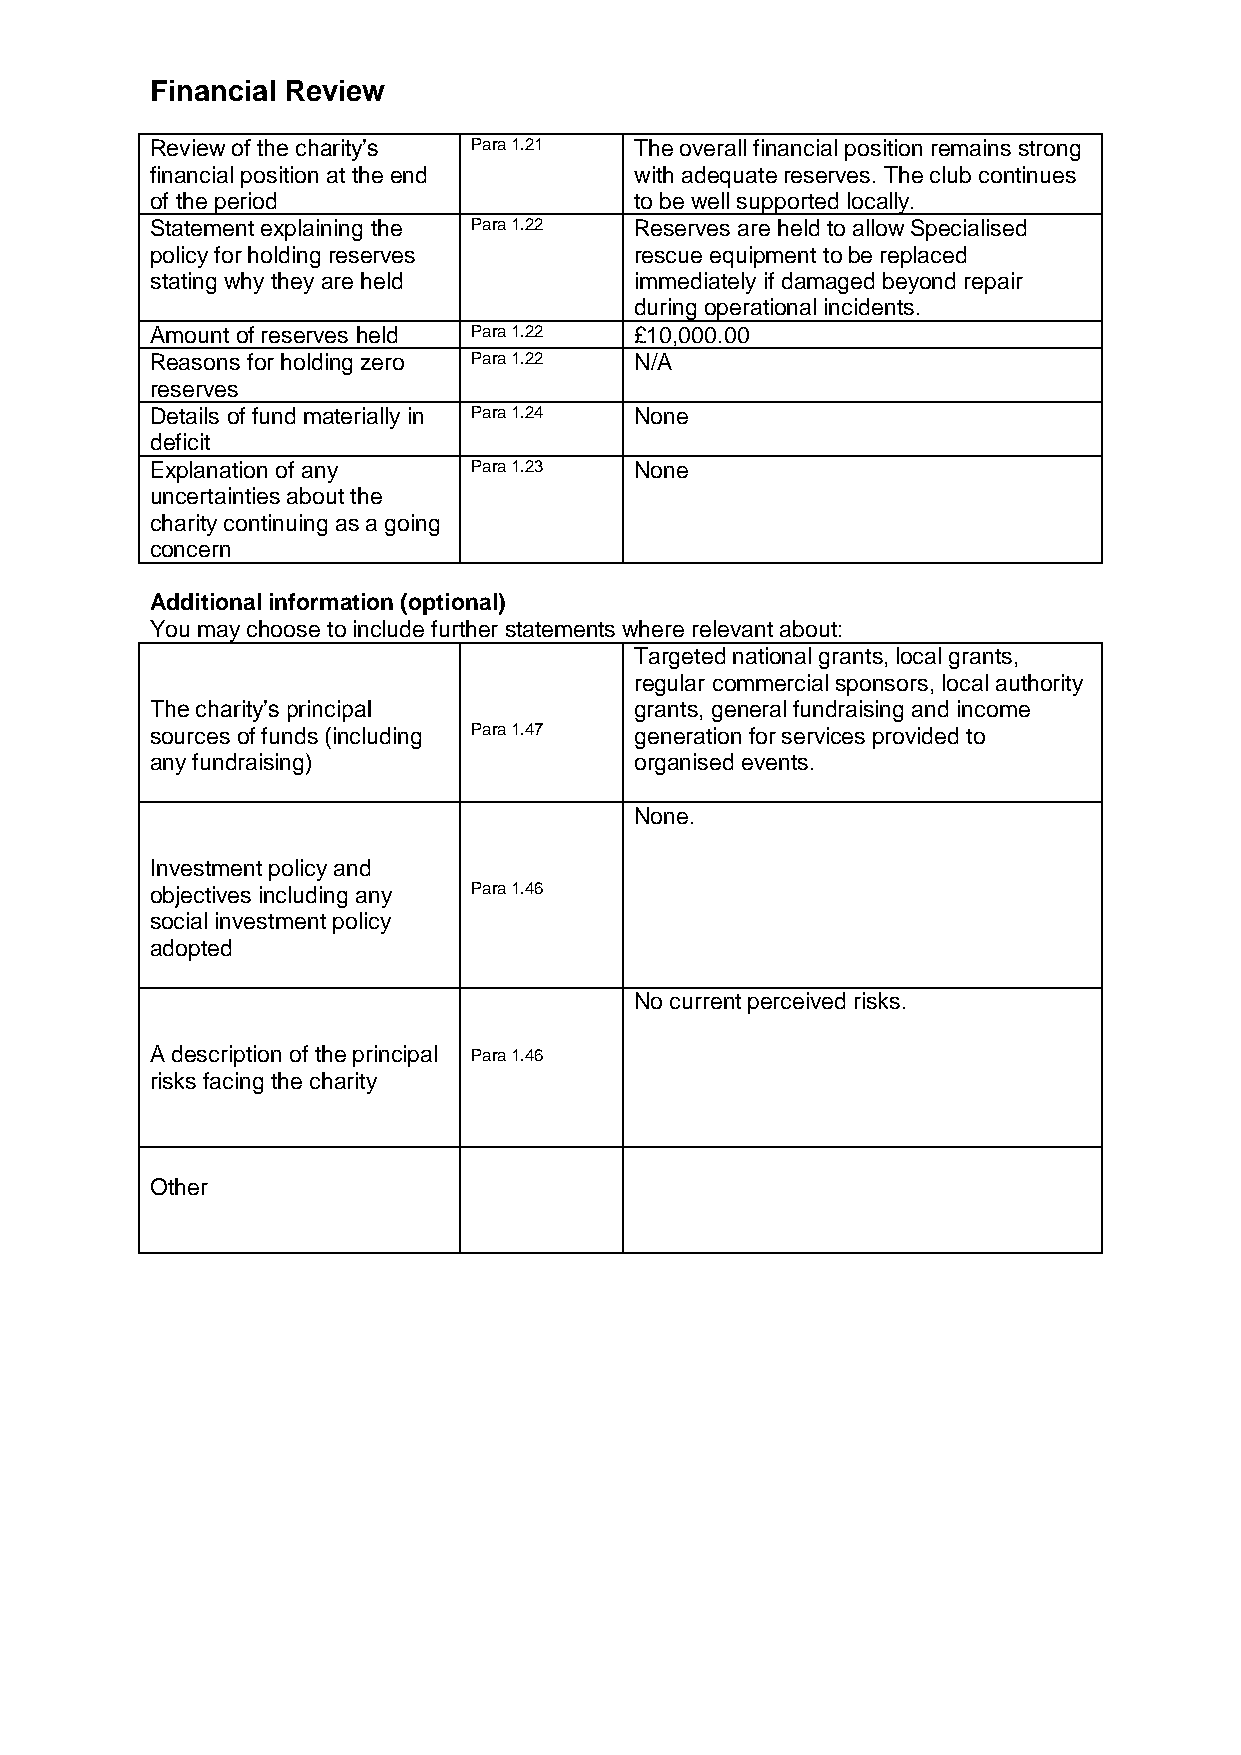
Financial Review
 Review of the charity’s Para 1.21 The overall financial position remains strong
 financial position at the end   with adequate reserves. The club continues
 of the period                   to be well supported locally.
 Statement explaining the Para 1.22 Reserves are held to allow Specialised
 policy for holding reserves     rescue equipment to be replaced
 stating why they are held       immediately if damaged beyond repair
 during operational incidents.
 Amount of reserves held Para 1.22 £10,000.00
 Reasons for holding zero Para 1.22 N/A
 reserves
 Details of fund materially in Para 1.24 None
 deficit
 Explanation of any   Para 1.23  None
 uncertainties about the
 charity continuing as a going
 concern
 Additional information (optional)
 You may choose to include further statements where relevant about:
 Targeted national grants, local grants,
 regular commercial sponsors, local authority
 The charity’s principal         grants, general fundraising and income
 sources of funds (including Para 1.47 generation for services provided to
 any fundraising)                organised events.
 None.
 Investment policy and
 objectives including any Para 1.46
 social investment policy
 adopted
 No current perceived risks.
 A description of the principal Para 1.46
 risks facing the charity
 Other